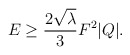
\begin{align*}E \ge { {2 \sqrt{\lambda}} \over 3} F^2 | Q | .\end{align*}